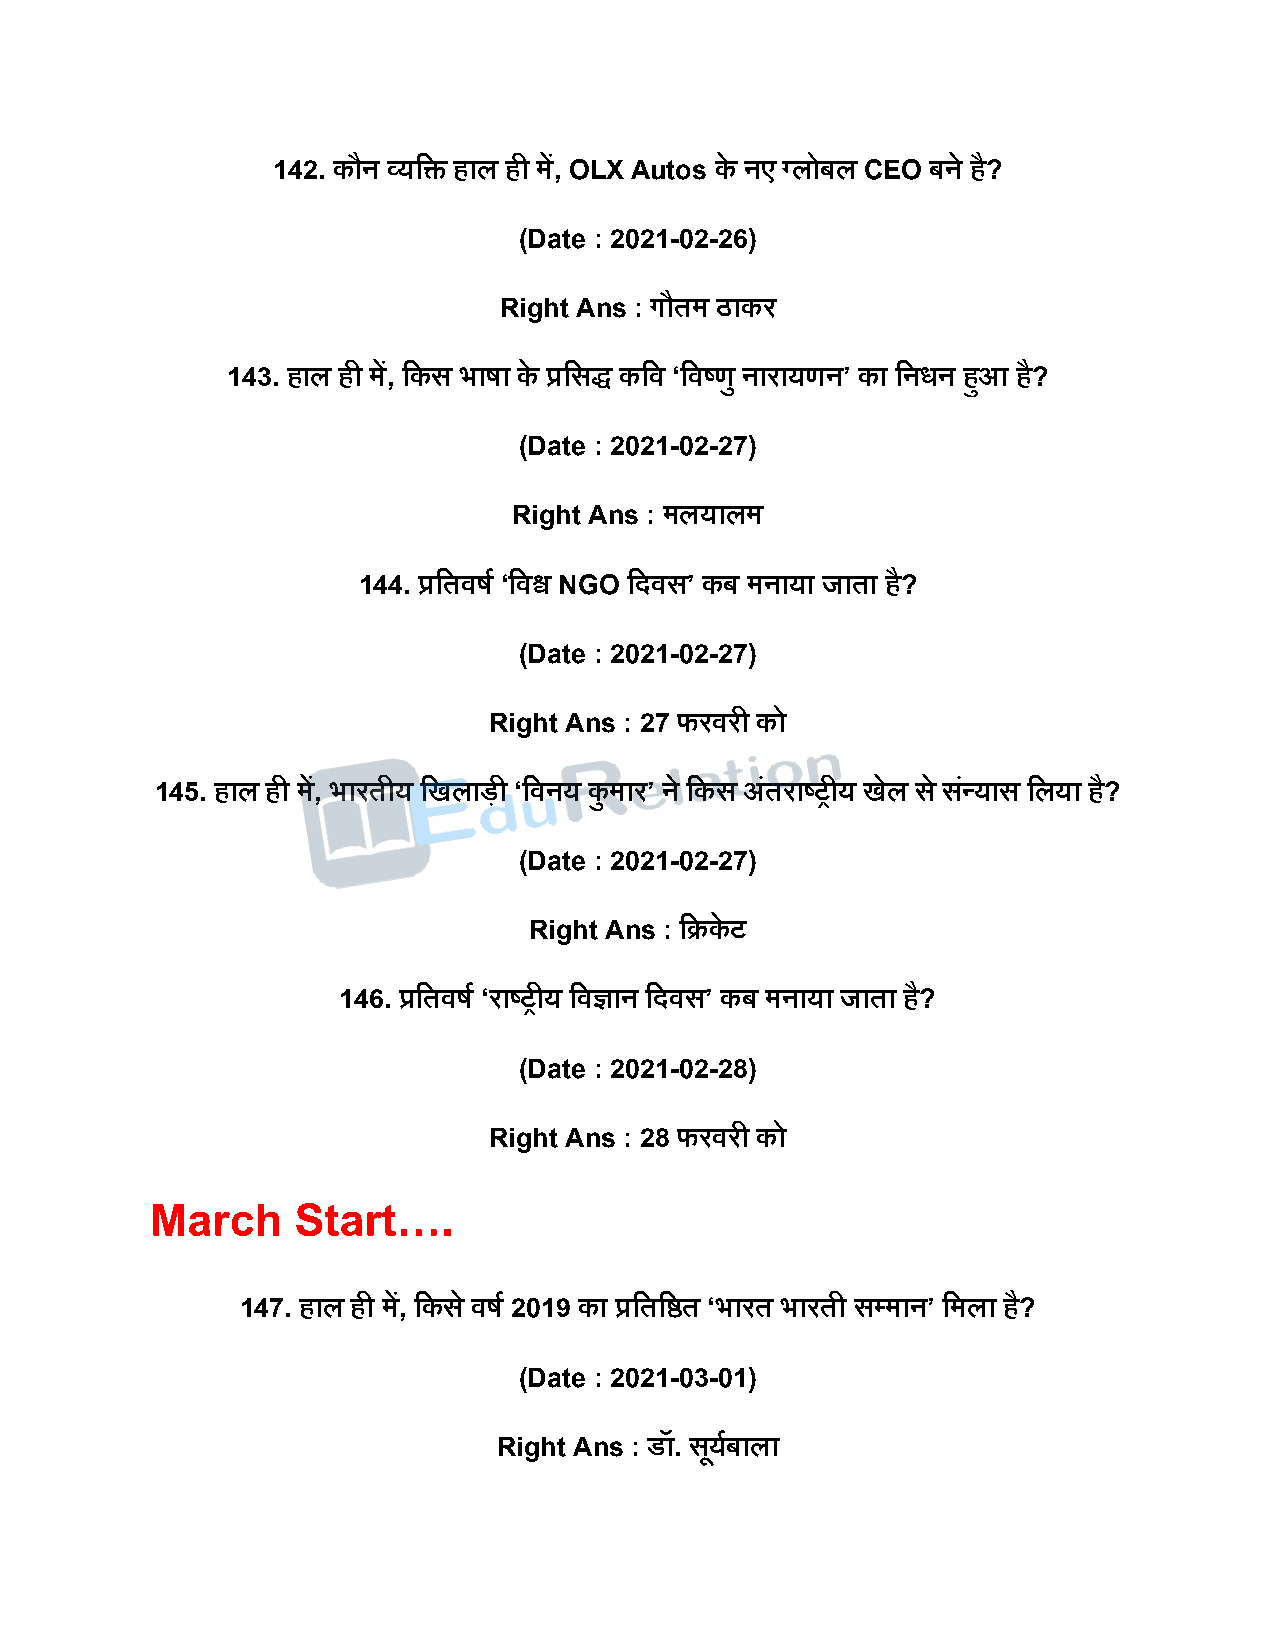
142. कौन व्यदि हाल ही में, OLX Autos के नए ग्लोबल CEO बने है?
 (Date : 2021-02-26)
 Right Ans : गौतम ठाकर
 143. हाल ही में, दकस भार्ा के प्रदसद्ध कदव ‘दवष्ट्णु नारायणन’ का दनधन हुआ है?
 (Date : 2021-02-27)
 Right Ans : मलयालम
 144. प्रदतवर्ष ‘दवश्व NGO दिवस’ कब मनाया जाता है?
 (Date : 2021-02-27)
 Right Ans : 27 फरवरी को
 145. हाल ही में, भारतीय दखलािी ‘दवनय कु मार’ ने दकस अंतराष्ट्रीय खेल स े सन्ं यास दलया है?
 (Date : 2021-02-27)
 Right Ans : दक्रके ट
 146. प्रदतवर्ष ‘राष्ट्रीय दवज्ञान दिवस’ कब मनाया जाता है?
 (Date : 2021-02-28)
 Right Ans : 28 फरवरी को
 March     Start….
 147. हाल ही में, दकस े वर्ष 2019 का प्रदतदष्ठत ‘भारत भारती सपमान’ दमला ह?ै
 (Date : 2021-03-01)
 Right Ans : डॉ. सयू षबाला